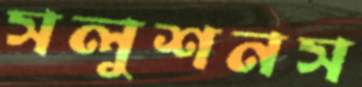
সলুশনস